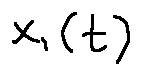
x _ { 1 } ( t )